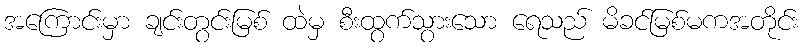
အကြောင်းမှာ ချင်းတွင်းမြစ် ထဲမှ စီးထွက်သွားသော ရေသည် မိခင်မြစ်မကအတိုင်း